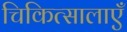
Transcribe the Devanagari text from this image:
चिकित्सालाएँ